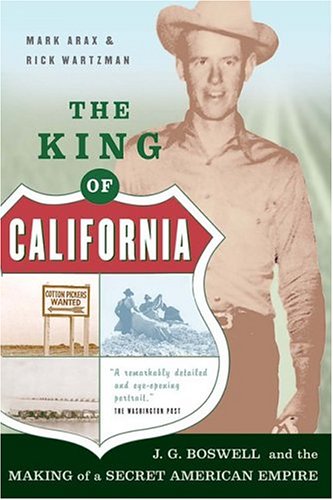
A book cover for The King Of California: J.G. Boswell and the Making of A Secret American Empire; Mark Arax; Science & Math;